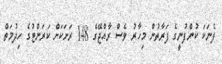
ފެނަކަ ކުންފުނީގެ ފަރާތުން މިހާރު ވެސް ރާއްޖޭގެ 148 ރަށަކަށް ކަރަންޓުގެ ހިދުމަތް